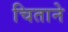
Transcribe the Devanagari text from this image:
चिताने